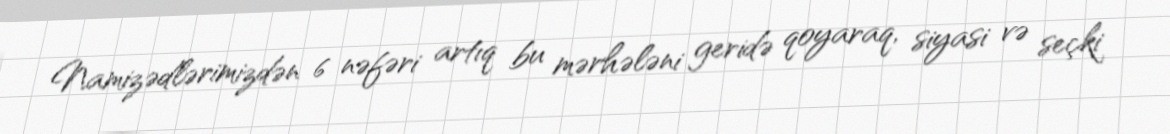
Namizədlərimizdən 6 nəfəri artıq bu mərhələni geridə qoyaraq, siyasi və seçki